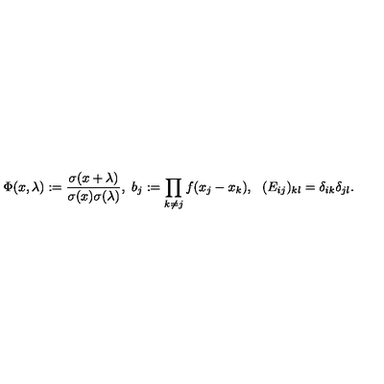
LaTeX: \Phi ( x , \lambda ) : = \frac { \sigma ( x + \lambda ) } { \sigma ( x ) \sigma ( \lambda ) } , \mathrm { } \ b _ { j } : = \prod _ { k \neq j } f ( x _ { j } - x _ { k } ) , \ \mathrm { \ } ( E _ { i j } ) _ { k l } = \delta _ { i k } \delta _ { j l } .